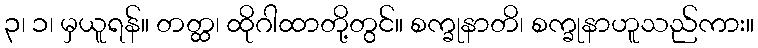
၃၊ ၁၊ မှယူရန်။ တတ္ထ၊ ထိုဂါထာတို့တွင်။ စက္ခုနာတိ၊ စက္ခုနာဟူသည်ကား။